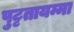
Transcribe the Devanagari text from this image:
पुट्टतायम्मा